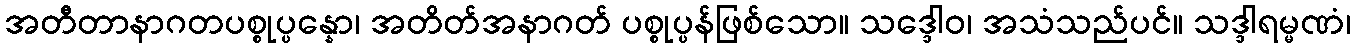
အတီတာနာဂတပစ္စုပ္ပန္နော၊ အတိတ်အနာဂတ် ပစ္စုပ္ပန်ဖြစ်သော။ သဒ္ဒေါဝ၊ အသံသည်ပင်။ သဒ္ဒါရမ္မဏံ၊